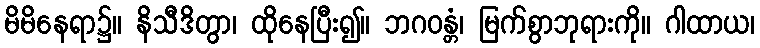
မိမိနေရာ၌။ နိသီဒိတွာ၊ ထိုနေပြီး၍။ ဘဂဝန္တံ၊ မြက်စွာဘုရားကို။ ဂါထာယ၊